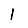
Digit: 1